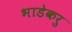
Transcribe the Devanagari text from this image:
भाडेकरु